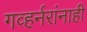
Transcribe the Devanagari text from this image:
गव्हर्नरांनाही